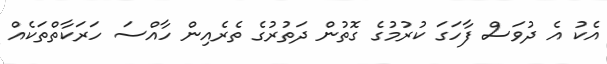
އެކު އެ ދުވަސް ފާހަގަ ކުރުމުގެ ގޮތުން ދަތުރުގެ ތެރެއިން ހާއްސަ ހަރަކާތްތަކެއް